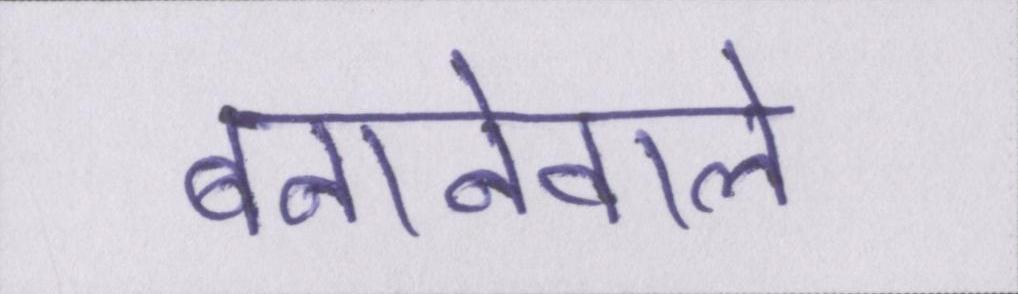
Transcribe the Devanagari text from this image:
बनानेवाले